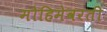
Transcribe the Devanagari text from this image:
मोहिमेवरती